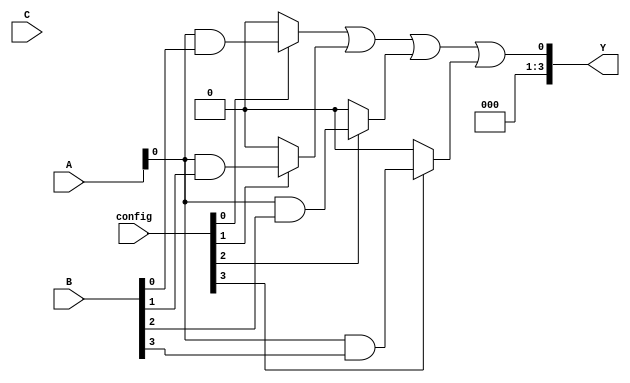
module hs_pal (
    input  wire [3:0] A,       // 4 input lines
    input  wire [3:0] B,       // 4 input lines
    input  wire [3:0] C,       // 4 input lines
    input  wire [3:0] config,  // Configuration for programmable AND gates
    output wire [3:0] Y        // 4 output lines
);

// Programmable AND Array
wire [15:0] and_out; // Output of AND gates (4 inputs, 16 combinations)

genvar i, j;
generate
    for (i = 0; i < 4; i = i + 1) begin : and_loop
        for (j = 0; j < 4; j = j + 1) begin : and_gate
            assign and_out[i * 4 + j] = (config[i * 4 + j] == 1) ? (A[i] & B[j]) : 1'b0;
        end
    end
endgenerate

// Fixed OR Array 
wire [3:0] or_out; // Outputs of OR gates

assign or_out[0] = and_out[0] | and_out[1] | and_out[2] | and_out[3]; // OR gate for product terms
assign or_out[1] = and_out[4] | and_out[5] | and_out[6] | and_out[7]; // Another OR gate
assign or_out[2] = and_out[8] | and_out[9] | and_out[10] | and_out[11]; // Another OR gate
assign or_out[3] = and_out[12] | and_out[13] | and_out[14] | and_out[15]; // Another OR gate

// Output assignment
assign Y = or_out;

endmodule